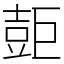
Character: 壾